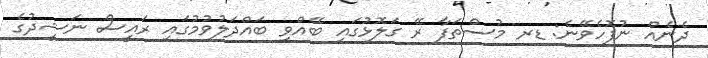
ދެނެއް ނުފޮހެވޭނެ: ޑރ މުސްތަފާ ރޭ ގަލޮޅުގައި ބޭއްވި ބައްދަލުވުމުގައި ރައީސް ނަޝީދުގެ